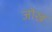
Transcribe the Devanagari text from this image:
जोख